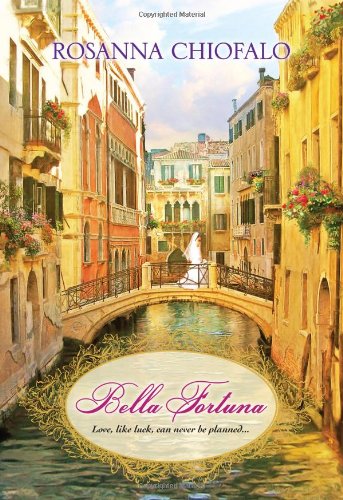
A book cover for Bella Fortuna; Rosanna Chiofalo; Literature & Fiction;